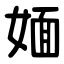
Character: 媔